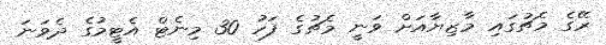
ރޭގެ މެޗުގައި މާޒިޔާއަށް ވަނީ މެޗުގެ ފަހު 30 މިނެޓް އެޓީމުގެ ދެވަނަ